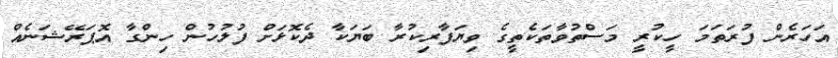
އަހަރެން ފުރަތަމަ ހީކުރީ މަސްތުވާތަކެތީގެ ވިޔަފާރިކުރާ ބަޔަކާ ދެކޮޅަށް ފުލުހުން ހިންގާ އޮޕަރޭޝަނެއް